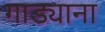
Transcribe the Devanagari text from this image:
गाड्याना